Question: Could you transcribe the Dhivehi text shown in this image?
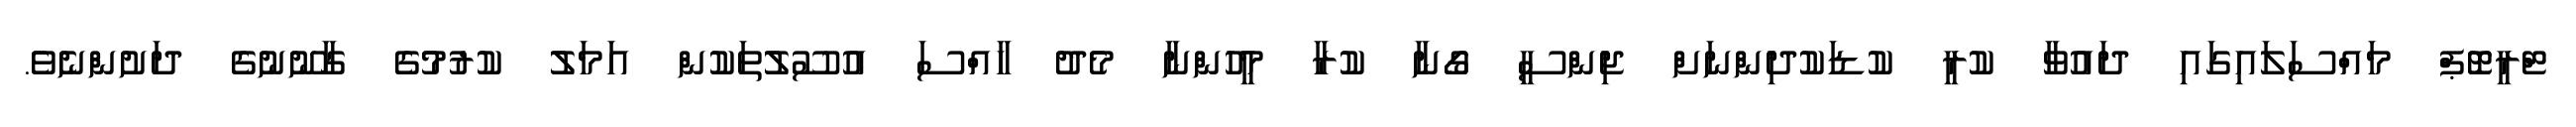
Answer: ޓްރީޓޮޕް މައްސަލައިގައި ދައުވާ ކުރީ ކުޑަކުދިންނަށް ޖިންސީ ގޯނާ ކުރާ މީހުންނާ މެދު ހާއްސަ އުސޫލުތަކުން އަމަލު ކުރުމުގެ ގާނޫނުގެ ދަށުންނެވެ.